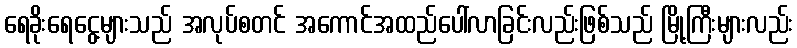
ရေခိုးရေငွေ့များသည် အလုပ်စတင် အကောင်အထည်ပေါ်လာခြင်းလည်းဖြစ်သည် မြို့ကြီးများလည်း